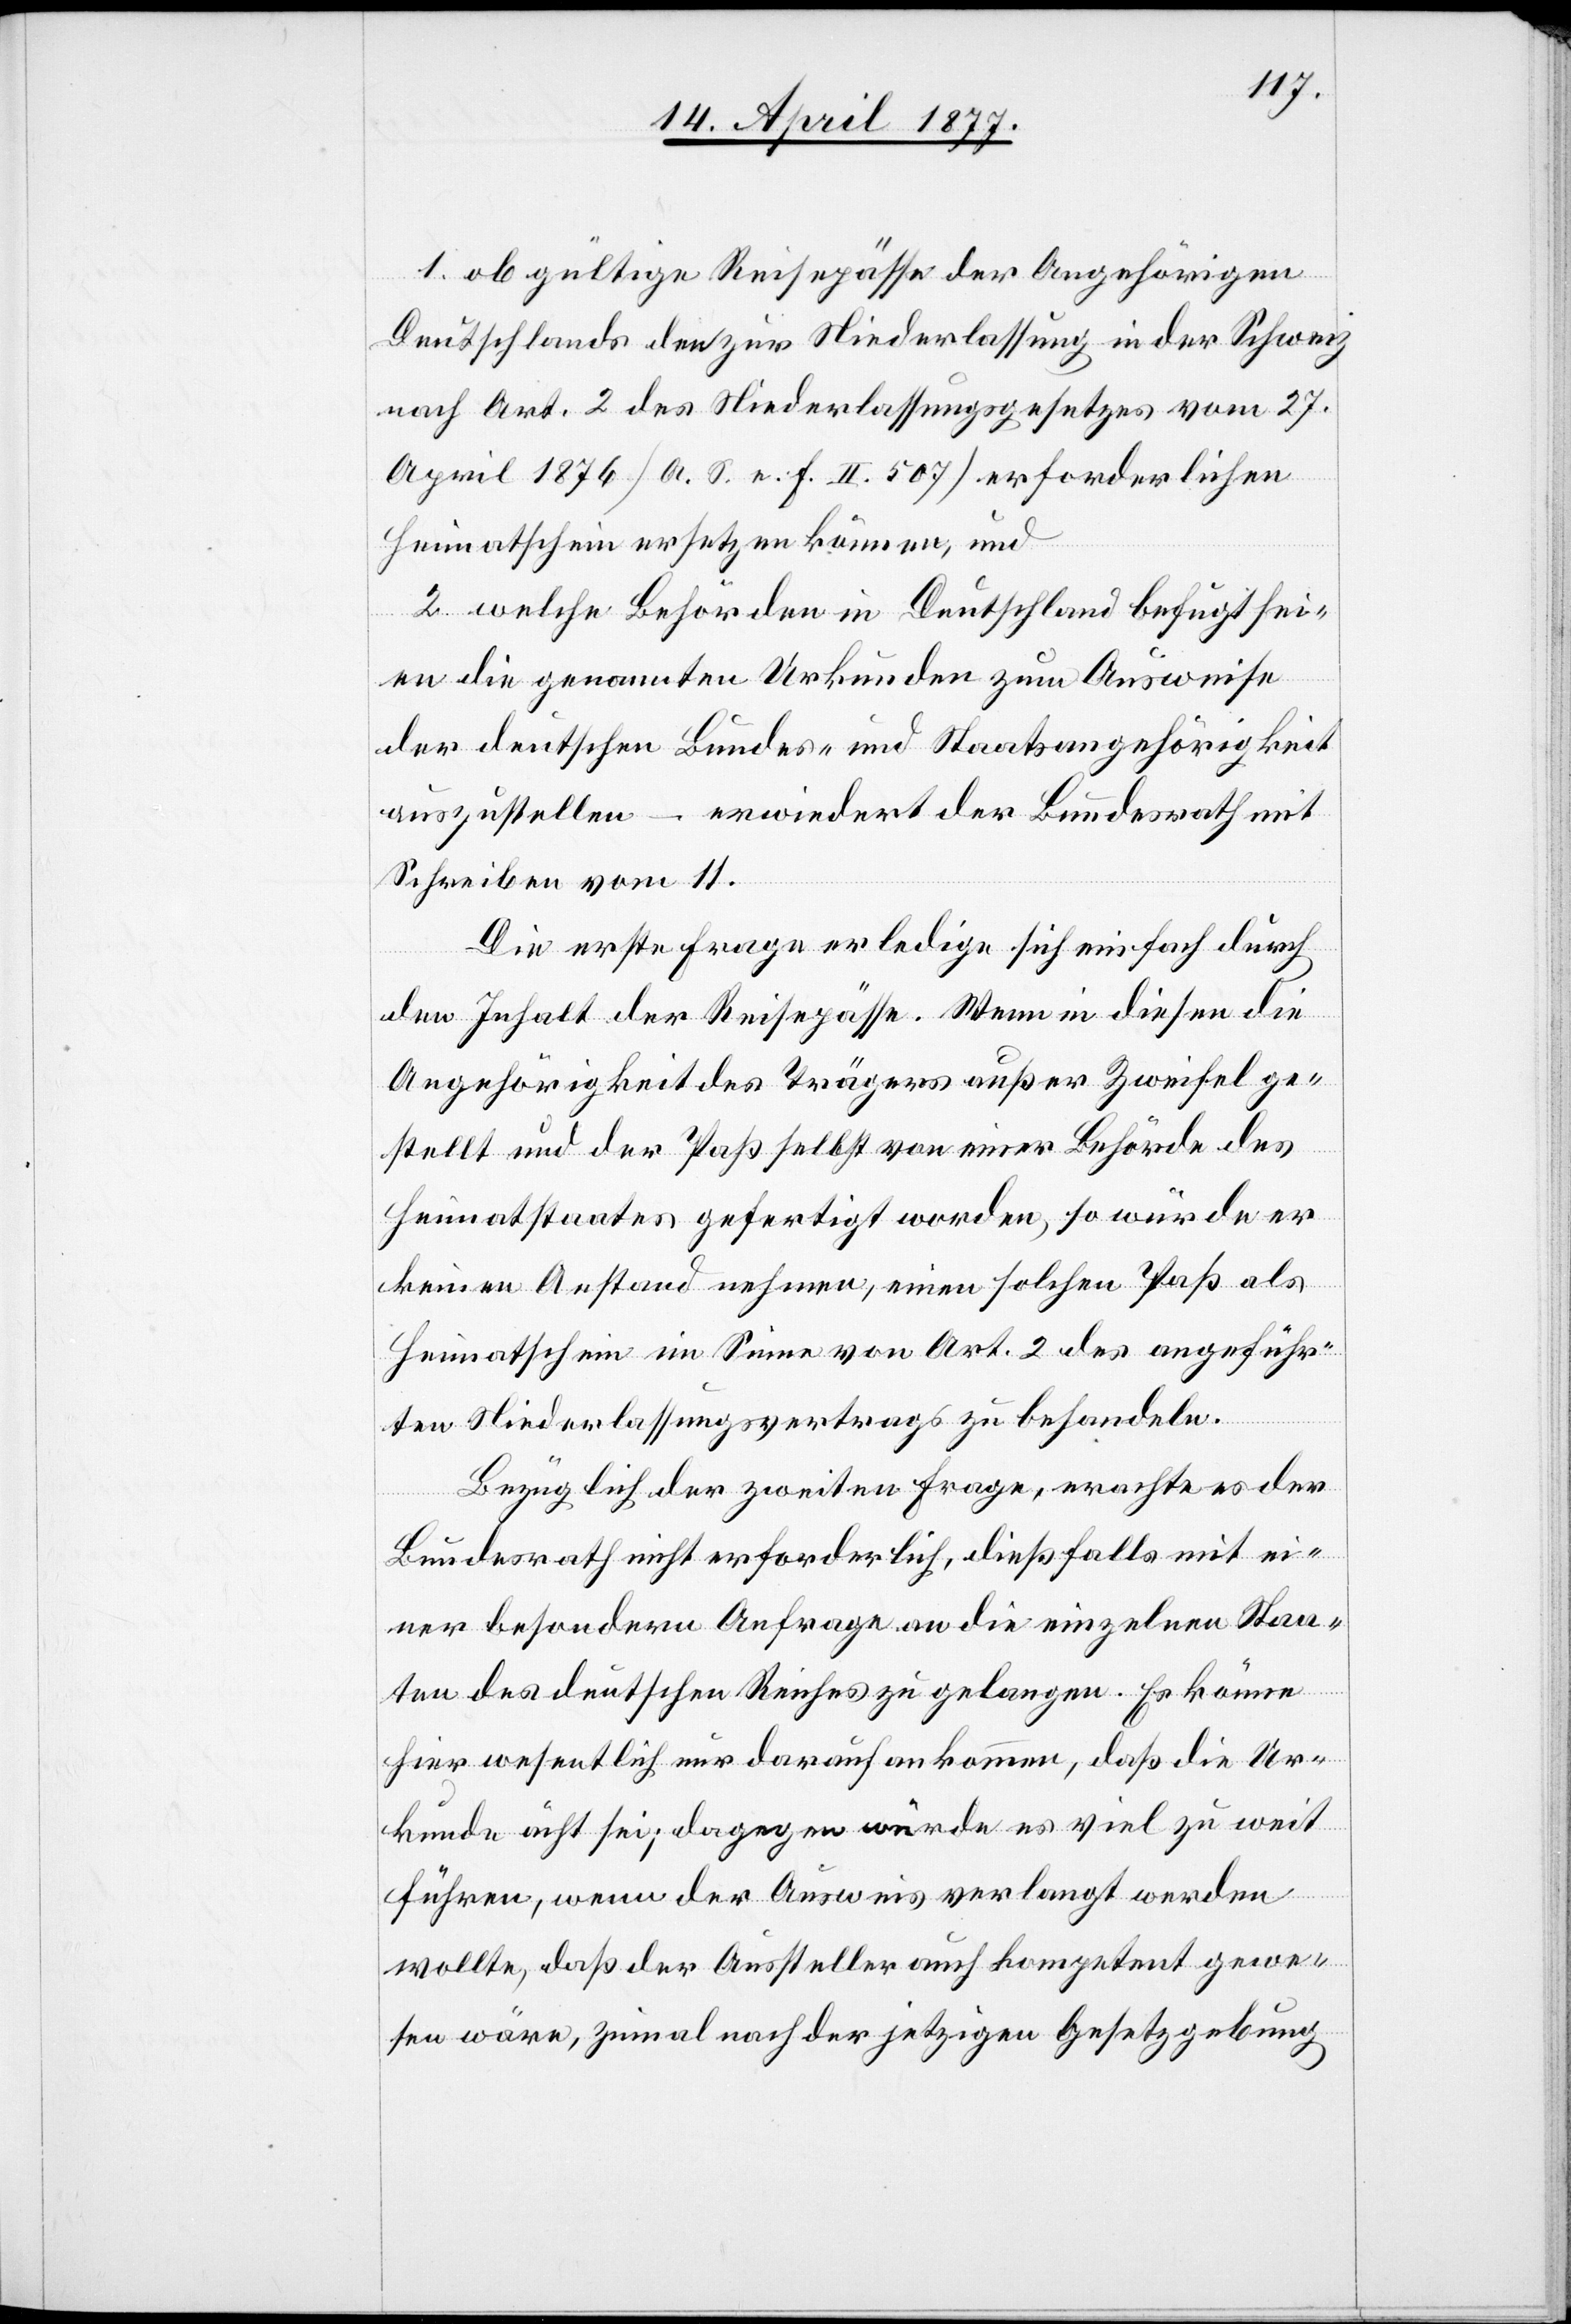
1. ob gültige Reisepässe der Angehörigen
Deutschlands den zur Niederlassung in der Schweiz
nach Art. 2 des Niederlassungsgesetzes vom 27.
April 1876 [A. S. e. f. II. 507] erforderlichen
Heimatschein ersetzen können, und
2. welche Behörden in Deutschland befugt sei¬
en die genannten Urkunden zum Ausweise
der deutschen Bundes- und Staatsangehörigkeit
auszustellen – erwiedert der Bundesrath mit
Schreiben vom 11.
Die erste Frage erledige sich einfach durch
den Inhalt der Reisepässe. Wenn in diesen die
Angehörigkeit des Trägers außer Zweifel ge¬
stellt und der Paß selbst von einer Behörde des
Heimatstaates gefertigt worden, so würde er
keinen Anstand nehmen, einen solchen Paß als
Heimatschein im Sinne von Art. 2 des angeführ¬
ten Niederlassungsvertrags zu behandeln.
Bezüglich der zweiten Frage, erachte es der
Bundesrath nicht erforderlich, dießfalls mit ei¬
ner besondern Anfrage an die einzelnen Staa¬
ten des deutschen Reiches zu gelangen. Es könne
hier wesentlich nur darauf ankommen, daß die Ur¬
kunde ächt sei; dagegen würde es viel zu weit
führen, wenn der Ausweis verlangt werden
wollte, daß der Aussteller auch kompetent gewe¬
sen wäre, zumal nach der jetzigen Gesetzgebung